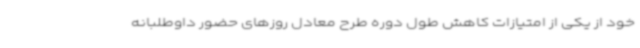
خود از یکی از امتیازات کاهش طول دوره طرح معادل روزهای حضور داوطلبانه